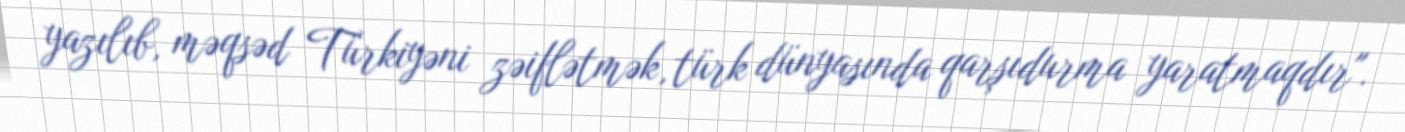
yazılıb, məqsəd Türkiyəni zəiflətmək, türk dünyasında qarşıdurma yaratmaqdır".